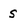
Character: s